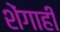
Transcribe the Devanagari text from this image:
शेंगाही